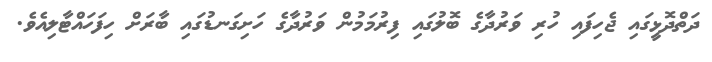
ދަތްދޮޅީގައި ޖެހިފައި ހުރި ވަރުދާގެ ބޮލުގައި ފިރުމަމުން ވަރުދާގެ ހަށިގަނޑުގައި ބާރަށް ހިފަހައްޓާލިއެވެ.